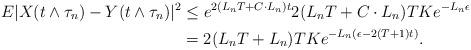
LaTeX: \begin{align*}E| X(t\wedge \tau_n)- Y(t\wedge \tau_n) |^2 &\leq e^{2( L_n T+ C \cdot L_n )t}2( L_n T+ C \cdot L_n )T K e^{-L_n \epsilon}\\&=2( L_n T+ L_n )T K e^{-L_n(\epsilon- 2( T+ 1 )t)}.\end{align*}